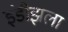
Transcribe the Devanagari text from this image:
इंडीझला